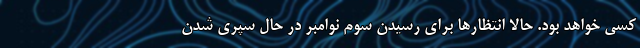
کسی خواهد بود. حالا انتظارها برای رسیدن سوم نوامبر در حال سپری شدن